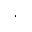
\mathrm { . }